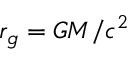
{ r _ { g } } = G M / { c ^ { 2 } }